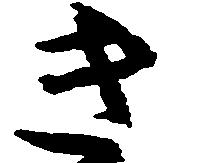
き